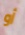
أو